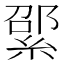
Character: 綤